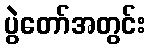
ပွဲတော်အတွင်း